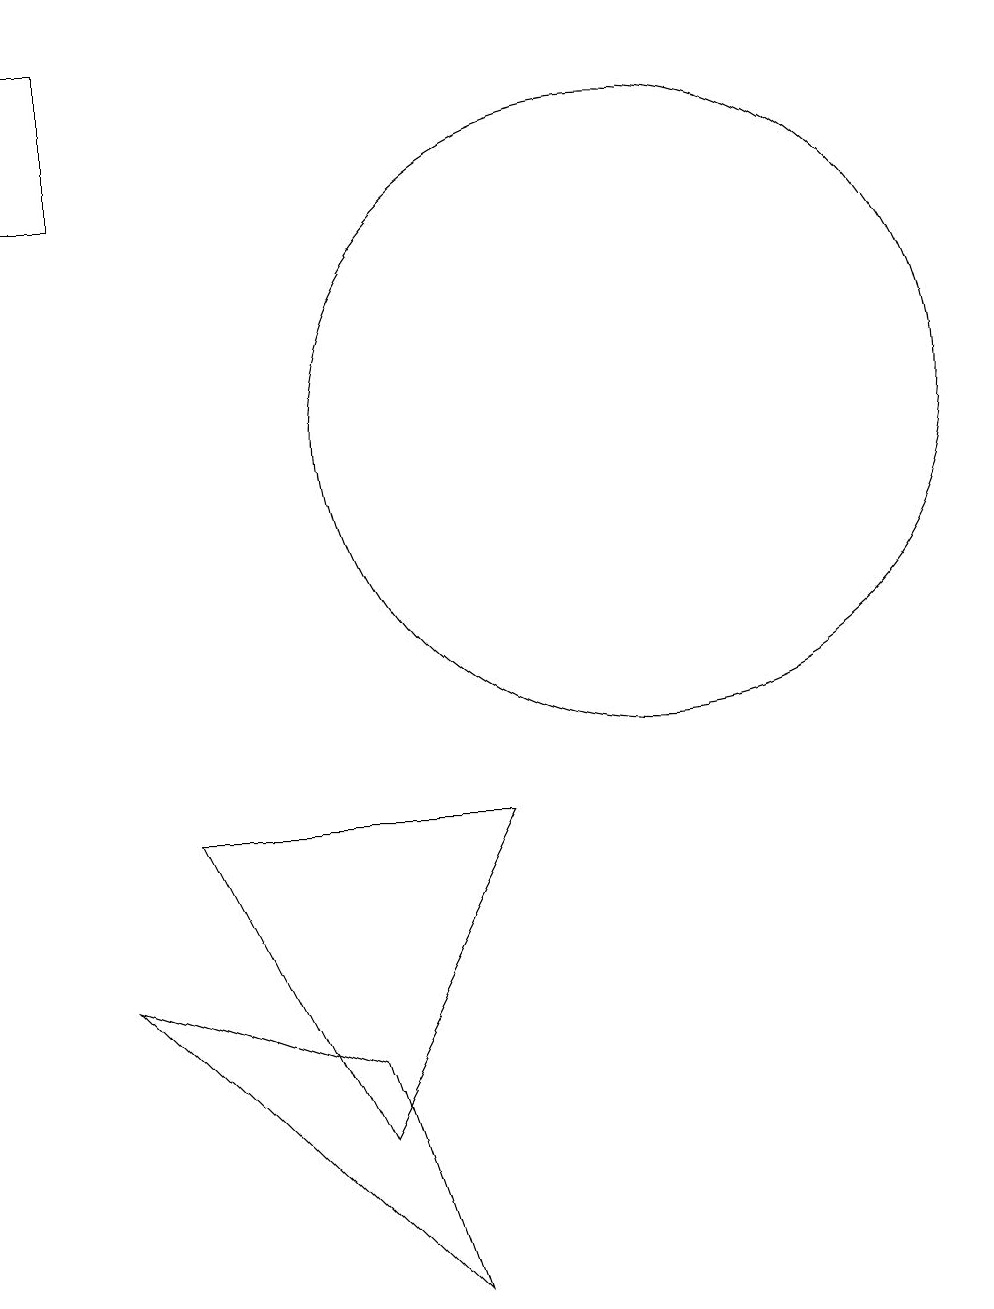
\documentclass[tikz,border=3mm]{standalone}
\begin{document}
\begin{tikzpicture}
\draw (11,12) circle (4);
\draw (7,3) -- (9,7) -- (5,7) -- cycle;
\draw (4,17) rectangle (3,15);
\draw (7,4) -- (8,1) -- (4,5) -- cycle;
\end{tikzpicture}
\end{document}